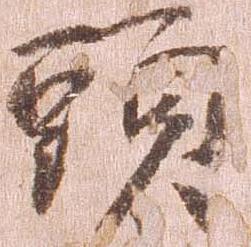
頭